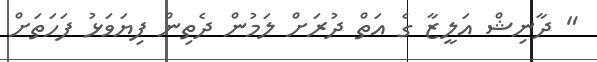
" ދާނިޝް އަލީޒާ ގެ އަތް ދުރަށް ލަމުން ދެތިން ފިޔަވަޅު ފަހަތަށް